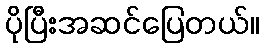
ပိုပြီးအဆင်ပြေတယ်။